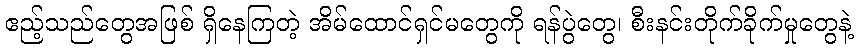
ဧည့်သည်တွေအဖြစ် ရှိနေကြတဲ့ အိမ်ထောင်ရှင်မတွေကို ရန်ပွဲတွေ၊ စီးနင်းတိုက်ခိုက်မှုတွေနဲ့